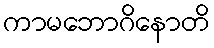
ကာမဘောဂိနောတိ